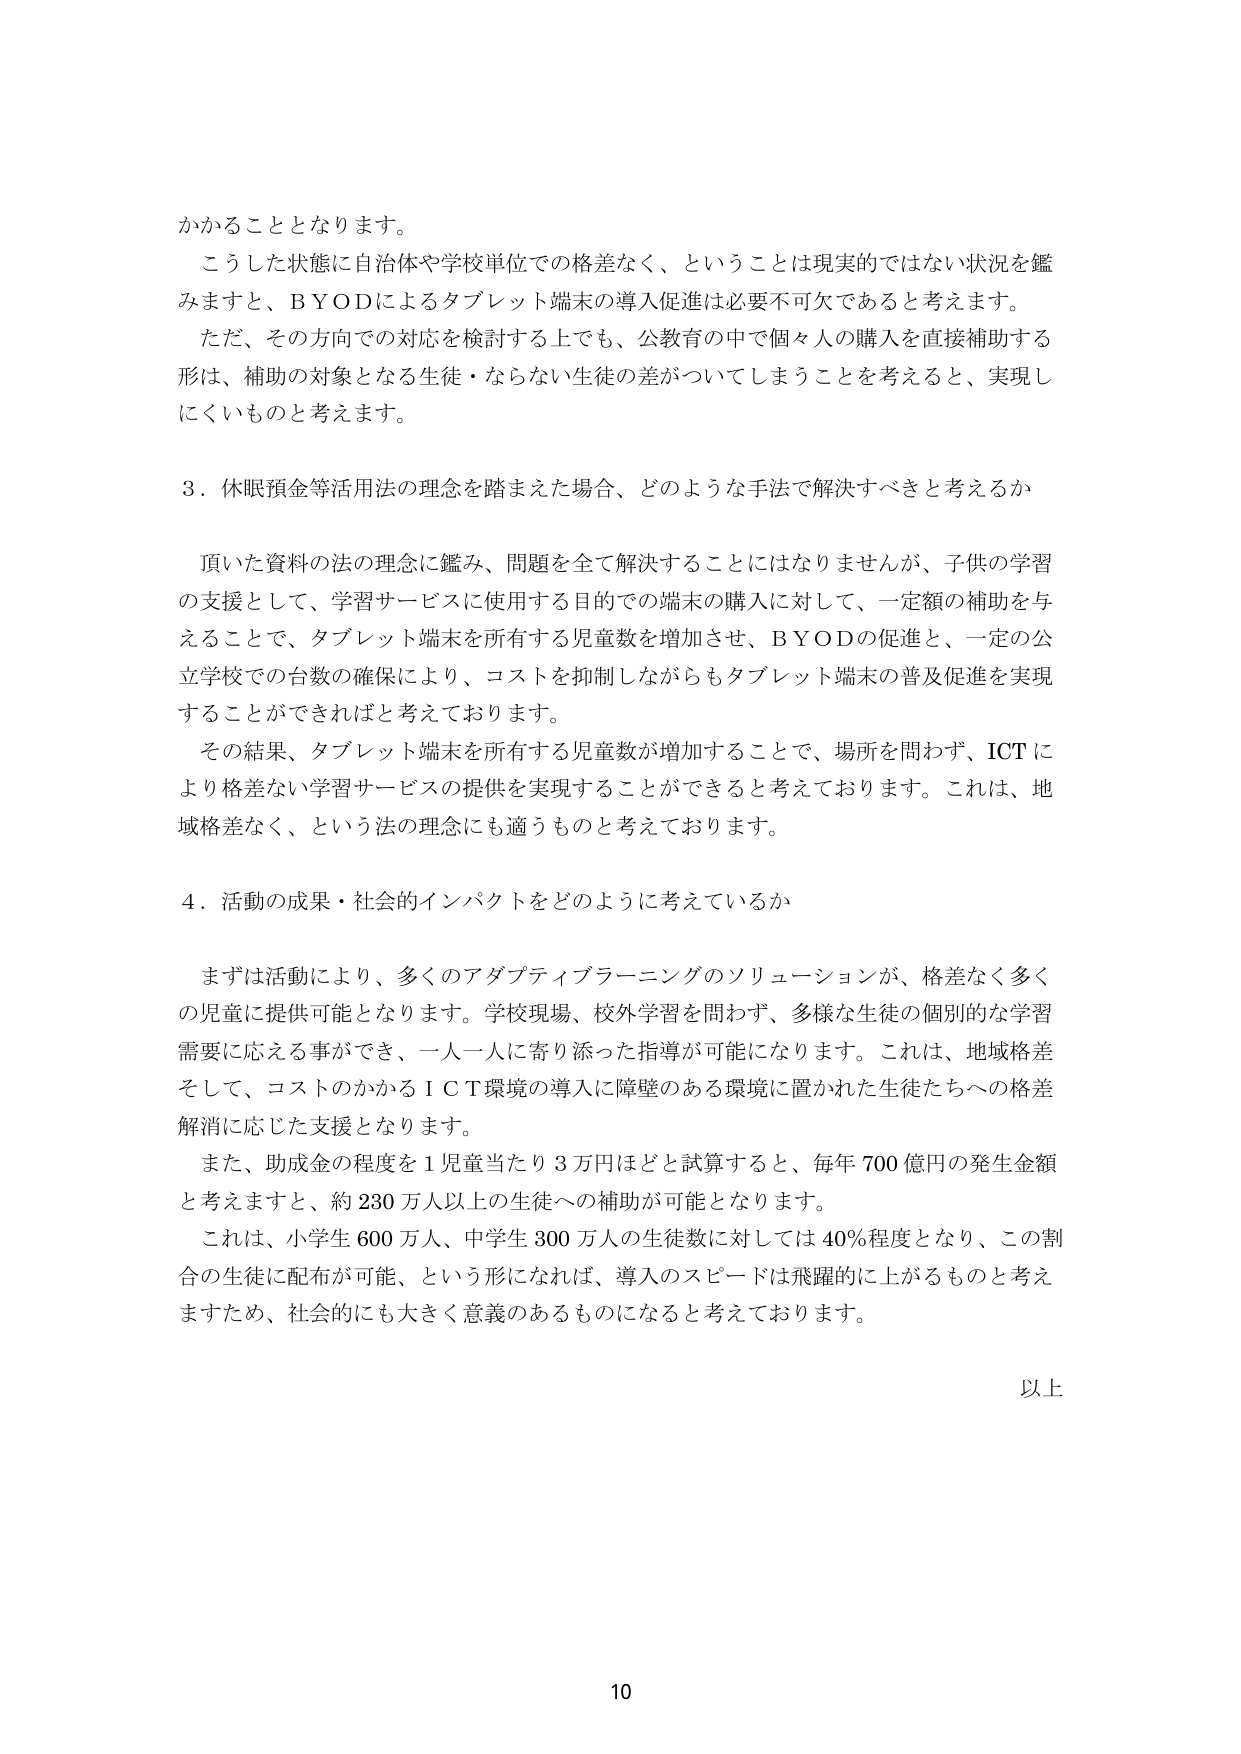
かかることとなります。

こうした状態に自治体や学校単位での格差なく、ということは現実的ではない状況を鑑みますと、ＢＹＯＤによるタブレット端末の導入促進は必要不可欠であると考えます。

ただ、その方向での対応を検討する上でも、公教育の中で個々人の購入を直接補助する形は、補助の対象となる生徒・ならない生徒の差がついてしまうことを考えると、実現しにくいものと考えます。

３．休眠預金等活用法の理念を踏まえた場合、どのような手法で解決すべきと考えるか

頂いた資料の法の理念に鑑み、問題を全て解決することにはなりませんが、子供の学習の支援として、学習サービスに使用する目的での端末の購入に対して、一定額の補助を与えることで、タブレット端末を所有する児童数を増加させ、ＢＹＯＤの促進と、一定の公立学校での台数の確保により、コストを抑制しながらもタブレット端末の普及促進を実現することができればと考えております。

その結果、タブレット端末を所有する児童数が増加することで、場所を問わず、ＩＣＴにより格差ない学習サービスの提供を実現することができると考えております。これは、地域格差なく、という法の理念にも適うものと考えております。

４．活動の成果・社会的インパクトをどのように考えているか

まずは活動により、多くのアダプティブラーニングのソリューションが、格差なく多くの児童に提供可能となります。学校現場、校外学習を問わず、多様な生徒の個別的な学習需要に応える事ができ、一人一人に寄り添った指導が可能になります。これは、地域格差そして、コストのかかるＩＣＴ環境の導入に障壁のある環境に置かれた生徒たちへの格差解消に応じた支援となります。

また、助成金の程度を１児童当たり３万円ほどと試算すると、毎年７００億円の発生金額と考えますと、約２３０万人以上の生徒への補助が可能となります。

これは、小学生６００万人、中学生３００万人の生徒数に対しては４０％程度となり、この割合の生徒に配布が可能、という形になれば、導入のスピードは飛躍的に上がるものと考えますため、社会的にも大きく意義のあるものになると考えております。

以上

10